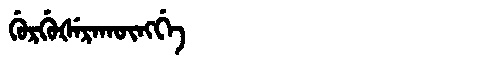
Manchu: ᡤᡠᡵᡤᡠᡧᡝᡵᠠᡴᡡᠩᡤᡝ
Romanization: GURGUŠERAKŪNGGE